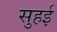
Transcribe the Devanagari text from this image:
सुहई